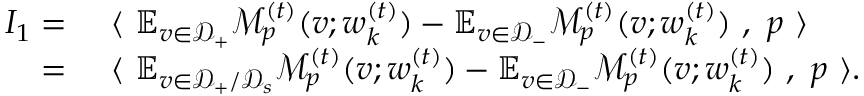
\begin{array} { r l } { I _ { 1 } = } & { ~ \langle ~ \mathbb { E } _ { v \in \mathcal { D } _ { + } } \mathcal { M } _ { p } ^ { ( t ) } ( v ; { \boldsymbol w } _ { k } ^ { ( t ) } ) - \mathbb { E } _ { v \in \mathcal { D } _ { - } } \mathcal { M } _ { p } ^ { ( t ) } ( v ; { \boldsymbol w } _ { k } ^ { ( t ) } ) ~ , ~ { \boldsymbol p } ~ \rangle } \\ { = } & { ~ \langle ~ \mathbb { E } _ { v \in \mathcal { D } _ { + } / \mathcal { D } _ { s } } \mathcal { M } _ { p } ^ { ( t ) } ( v ; { \boldsymbol w } _ { k } ^ { ( t ) } ) - \mathbb { E } _ { v \in \mathcal { D } _ { - } } \mathcal { M } _ { p } ^ { ( t ) } ( v ; { \boldsymbol w } _ { k } ^ { ( t ) } ) ~ , ~ { \boldsymbol p } ~ \rangle . } \end{array}